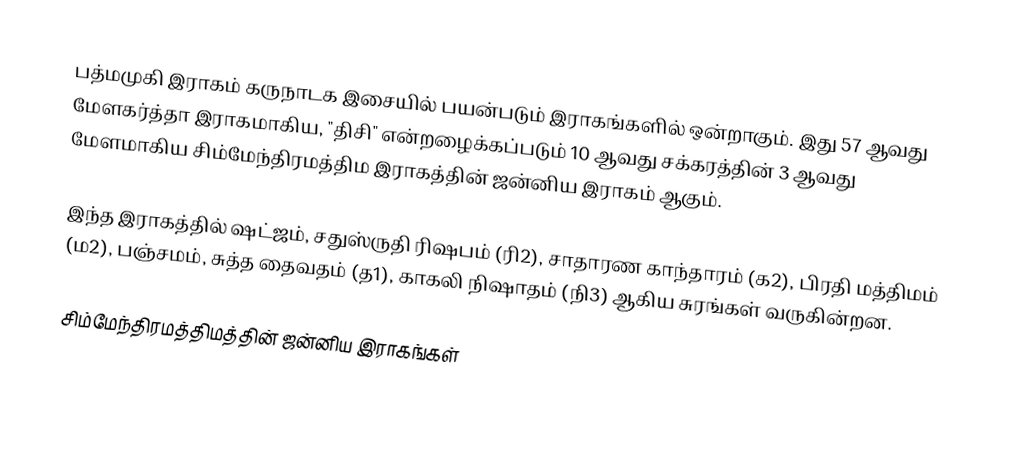
பத்மமுகி இராகம்  கருநாடக இசையில் பயன்படும் இராகங்களில் ஒன்றாகும். இது 57 ஆவது மேளகர்த்தா இராகமாகிய, "திசி" என்றழைக்கப்படும் 10 ஆவது சக்கரத்தின் 3 ஆவது மேளமாகிய சிம்மேந்திரமத்திம இராகத்தின் ஜன்னிய இராகம் ஆகும்.

இந்த இராகத்தில் ஷட்ஜம், சதுஸ்ருதி ரிஷபம் (ரி2),  சாதாரண காந்தாரம் (க2), பிரதி மத்திமம் (ம2), பஞ்சமம்,  சுத்த தைவதம் (த1), காகலி நிஷாதம்  (நி3) ஆகிய சுரங்கள் வருகின்றன.

சிம்மேந்திரமத்திமத்தின் ஜன்னிய இராகங்கள்